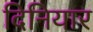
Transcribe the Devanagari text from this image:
दिनियार